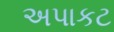
અપાકટ